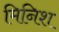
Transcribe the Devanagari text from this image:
मिनिश